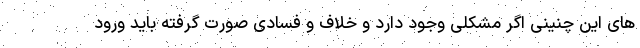
های این چنینی اگر مشکلی وجود دارد و خلاف و فسادی صورت گرفته باید ورود